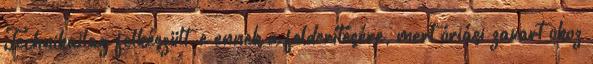
Technikailag felkészült-e ennek a felderítésére, mert óriási zavart okoz